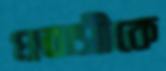
প্রবাসীকে